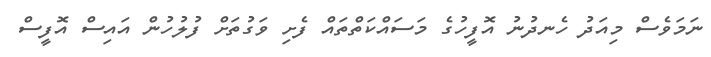
ނަމަވެސް މިއަދު ހެނދުނު އޮފީހުގެ މަސައްކަތްތައް ފެށި ވަގުތަށް ފުލުހުން އައިސް އޮފީސް